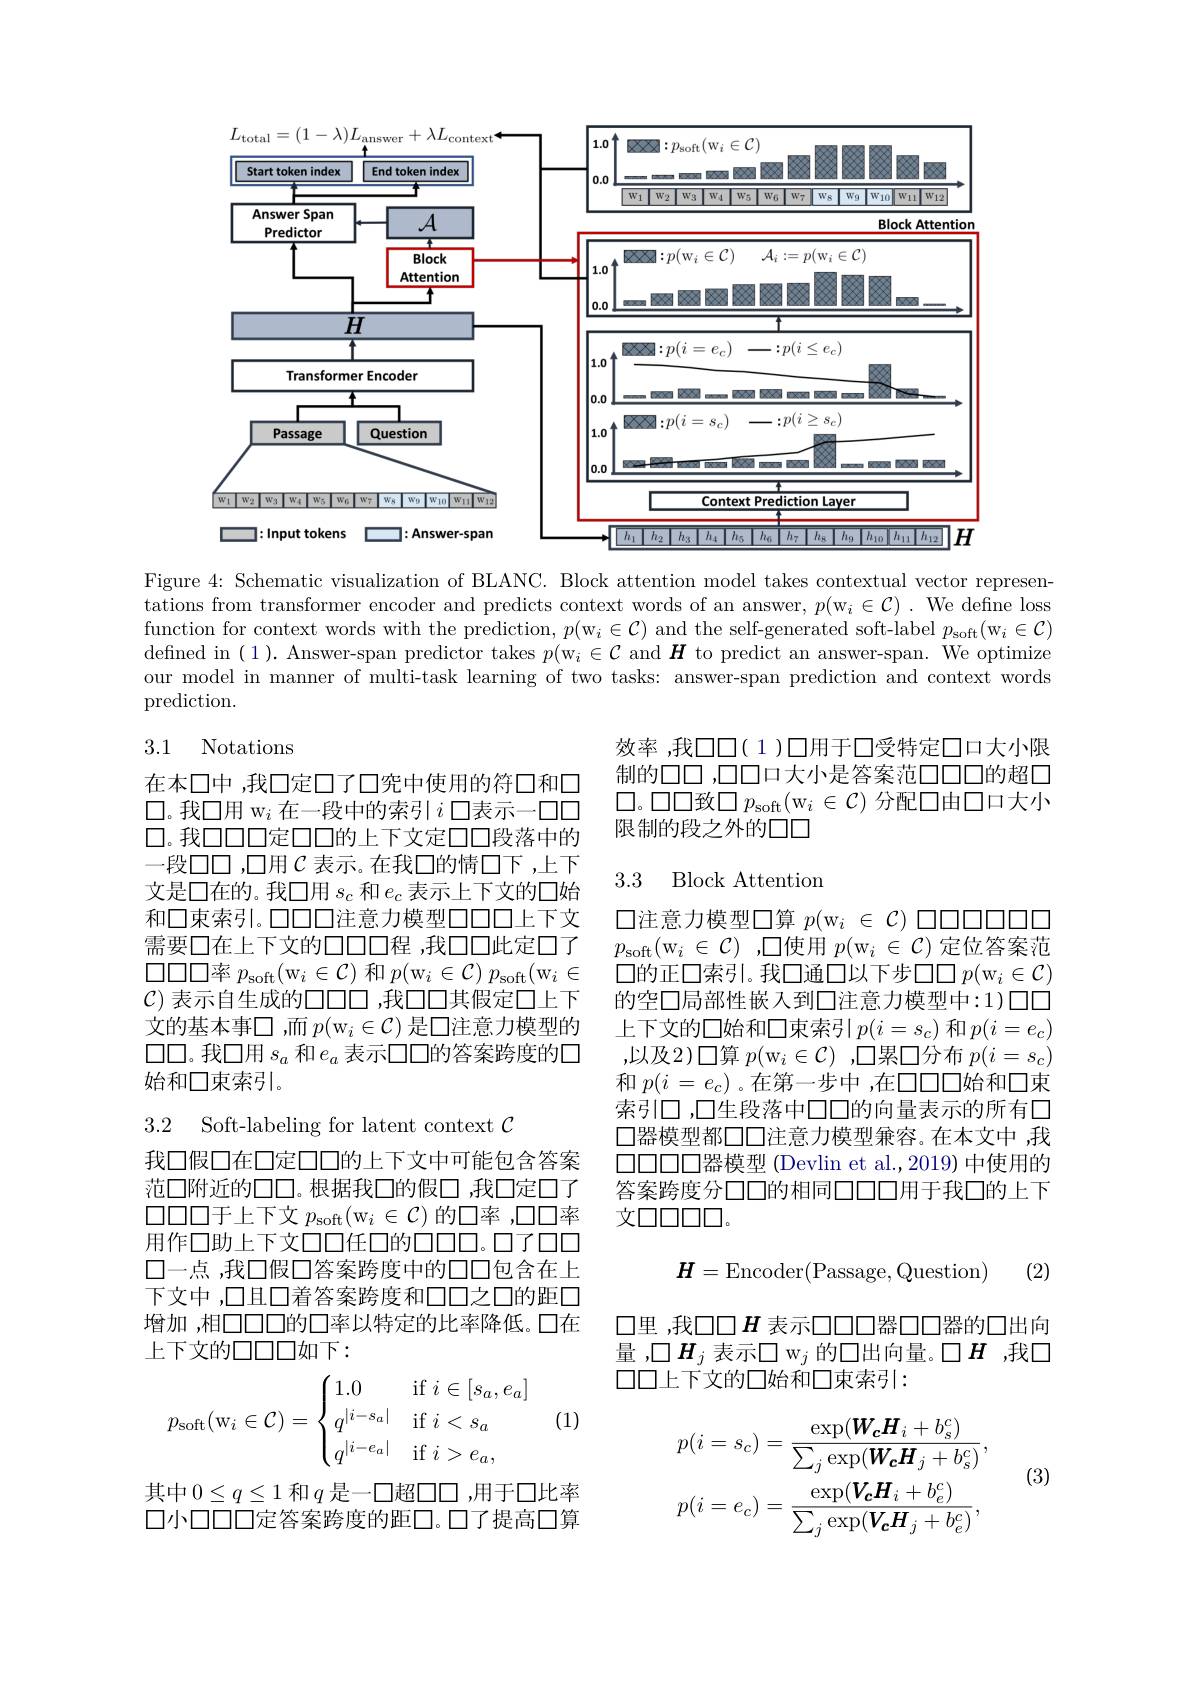
<FigureHere>

Figure 4: Schematic visual tations from transformer enc function for context words w defined in (1). Answer-spa our model in manner of multi prediction.

## 3.1 Notations

效率 ,我$\square\square(1)\square$用于口受特定口口大小限制的口口，口口口口大小是答案范口口口的超口$\square。\square\square\square$致$\square p_\mathrm{soft}( \mathrm{w} _i\in \mathcal{C}$ 限制的段之外的口口

## 3.3 Block Attention

在本口中 ,我口定口了口究中使用的符□和口$\square$。我口用 w$_i$在一段中的索引$i$口表口。我口口口定口口的上下文定口口段落中的一段口口 ,口用$\mathcal{C}$表示。在我口的情口下 , 文是口在的。我口用$s_c$和$e_c$表示上下和口束索引。口口口注意力模型口口口上下文需要口在上下文的口口口程 ,我口口此定口了$\square\square\square\square$率 $p_\mathrm{soft}($w$_i\in\mathcal{C}$ $\mathcal{C}$) 表示自生成的$\square\square\square\square\square$ ,我口口其假文的基本事口，而$p( \mathrm{w} _i\in \mathcal{C} )$ 是口注意口口。我口用$s_a$和$e_a$表示口口的答案跨始和口束索引。

口注意力模型口算$p( \mathrm{w} _i\in \mathcal{C} ) \square \square \square \square \square \square \square \square$ $p_{\mathrm{soft}}($w$_i\in\mathcal{C})$,口使用$\square$的正口索引。我口通口以下步$\square\square p(\mathrm{w}_i\in\mathcal$ 的空口局部性嵌入到口注意力模型中：1)口口上下文的口始和口束索引$p(i=s_c)$ 和 $p(i=e_c)$ ,以及2)口算$p( \mathrm{w} _i\in \mathcal{C} )$ ,口累口分布$p(i=s_c)$ 和$p( i$ = $e_{c})$ 。在第一步中 ,在口口索引口，口生段落中口口的向量表示的所有口口器模型都口口注意力模型兼容。在本文中 ,我$\square\square\square\square\square$器模型 (Devlin et al.,20答案跨度分口口的相同口口口用于我口的上下文口口口口。

3.2 Soft-labeling for late

我口假口在口定口口的上下文中可能包含答案范口附近的口口。根据我口的假口，我口定口了$\square\square\square\square 于上下文 p_{\mathrm{soft}}($w$_i\in\mathcal$ 用作口助上下文口口任口的口口口。口了口口口一点，我口假口答案跨度中的口口包含在上下文中 ,口且口着答案跨度和口口之口的距口增加 ,相口口口的口率以特定的比率降低。口在上下文的口口口如下：

(2)
$$\boldsymbol{H}=\mathrm{Encoder}(\mathrm{Passage},\mathrm{Question})$$
口里，我口口$H$ 表示口口口器口口器的口出向量，$\square\boldsymbol{H}_j$ 表示口 w$_j$ 的口出向量。口$\boldsymbol{H}$ ,我口口口上下文的口始和口束索引：

(1)
$$p_{\text{soft}}(\text{w}_i\in\mathcal C)=\begin{cases}1.0&\text{if}\:i\in[s_a,e_a]\\q^{|i-s_a|}&\text{if}\:i<s_a\\q^{|i-e_a|}&\text{if}\:i>e_a,\end{cases}$$
(3)
$$p(i=s_{c})=\frac{\exp(\boldsymbol{W_{c}H_{i}}+b_{s}^{c})}{\sum_{j}\exp(\boldsymbol{W_{c}H_{j}}+b_{s}^{c})},\\p(i=e_{c})=\frac{\exp(\boldsymbol{V_{c}H_{i}}+b_{e}^{c})}{\sum_{j}\exp(\boldsymbol{V_{c}H_{j}}+b_{e}^{c})},$$
其中$0\leq q\leq1$ 和$q$ 是一口超口口 ,用于口比率口小口口口定答案跨度的距口。口了提高口算